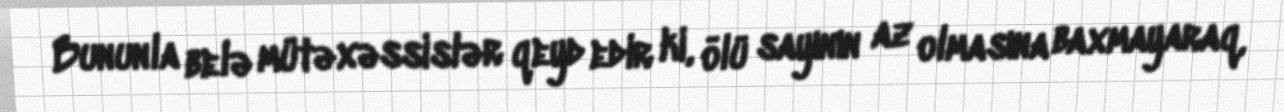
Bununla belə mütəxəssislər qeyd edir ki, ölü sayının az olmasına baxmayaraq,